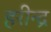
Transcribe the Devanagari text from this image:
हरीन्द्र